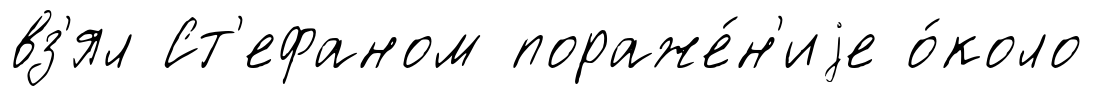
вз'ял Ст'ефаном пораже́н'иjе о́коло